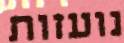
נועזות